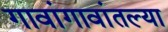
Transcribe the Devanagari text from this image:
गावांगावांतल्या